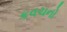
કવચનો